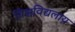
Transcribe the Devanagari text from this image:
विश्वविद्यलाय